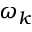
\omega _ { k }